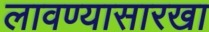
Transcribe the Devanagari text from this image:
लावण्यासारखा